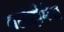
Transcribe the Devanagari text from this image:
वलेदीमेरा